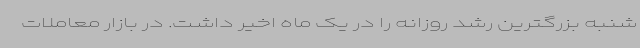
شنبه بزرگترین رشد روزانه را در یک ماه اخیر داشت. در بازار معاملات